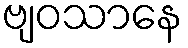
ဗျဝသာနေ